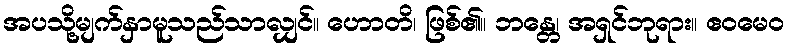
အပသို့မျက်နှာမူသည်သာလျှင်။ ဟောတိ၊ ဖြစ်၏။ ဘန္တေ၊ အရှင်ဘုရား။ ဧဝမေဝ